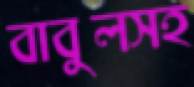
বাবুলসহ